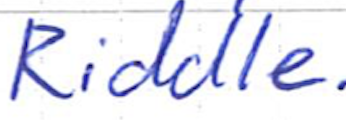
Text: Riddle.
Cross-out: clean
Writing tool: ballpoint